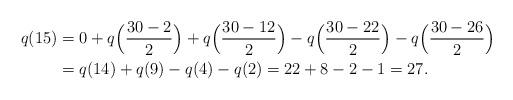
LaTeX: \begin{align*} q(15) &= 0+q\Big(\frac{30-2}{2}\Big)+q\Big(\frac{30-12}{2}\Big)-q\Big(\frac{30-22}{2}\Big) -q\Big(\frac{30-26}{2}\Big)\\ &= q(14)+q(9)-q(4)-q(2)=22+8-2-1=27.\end{align*}